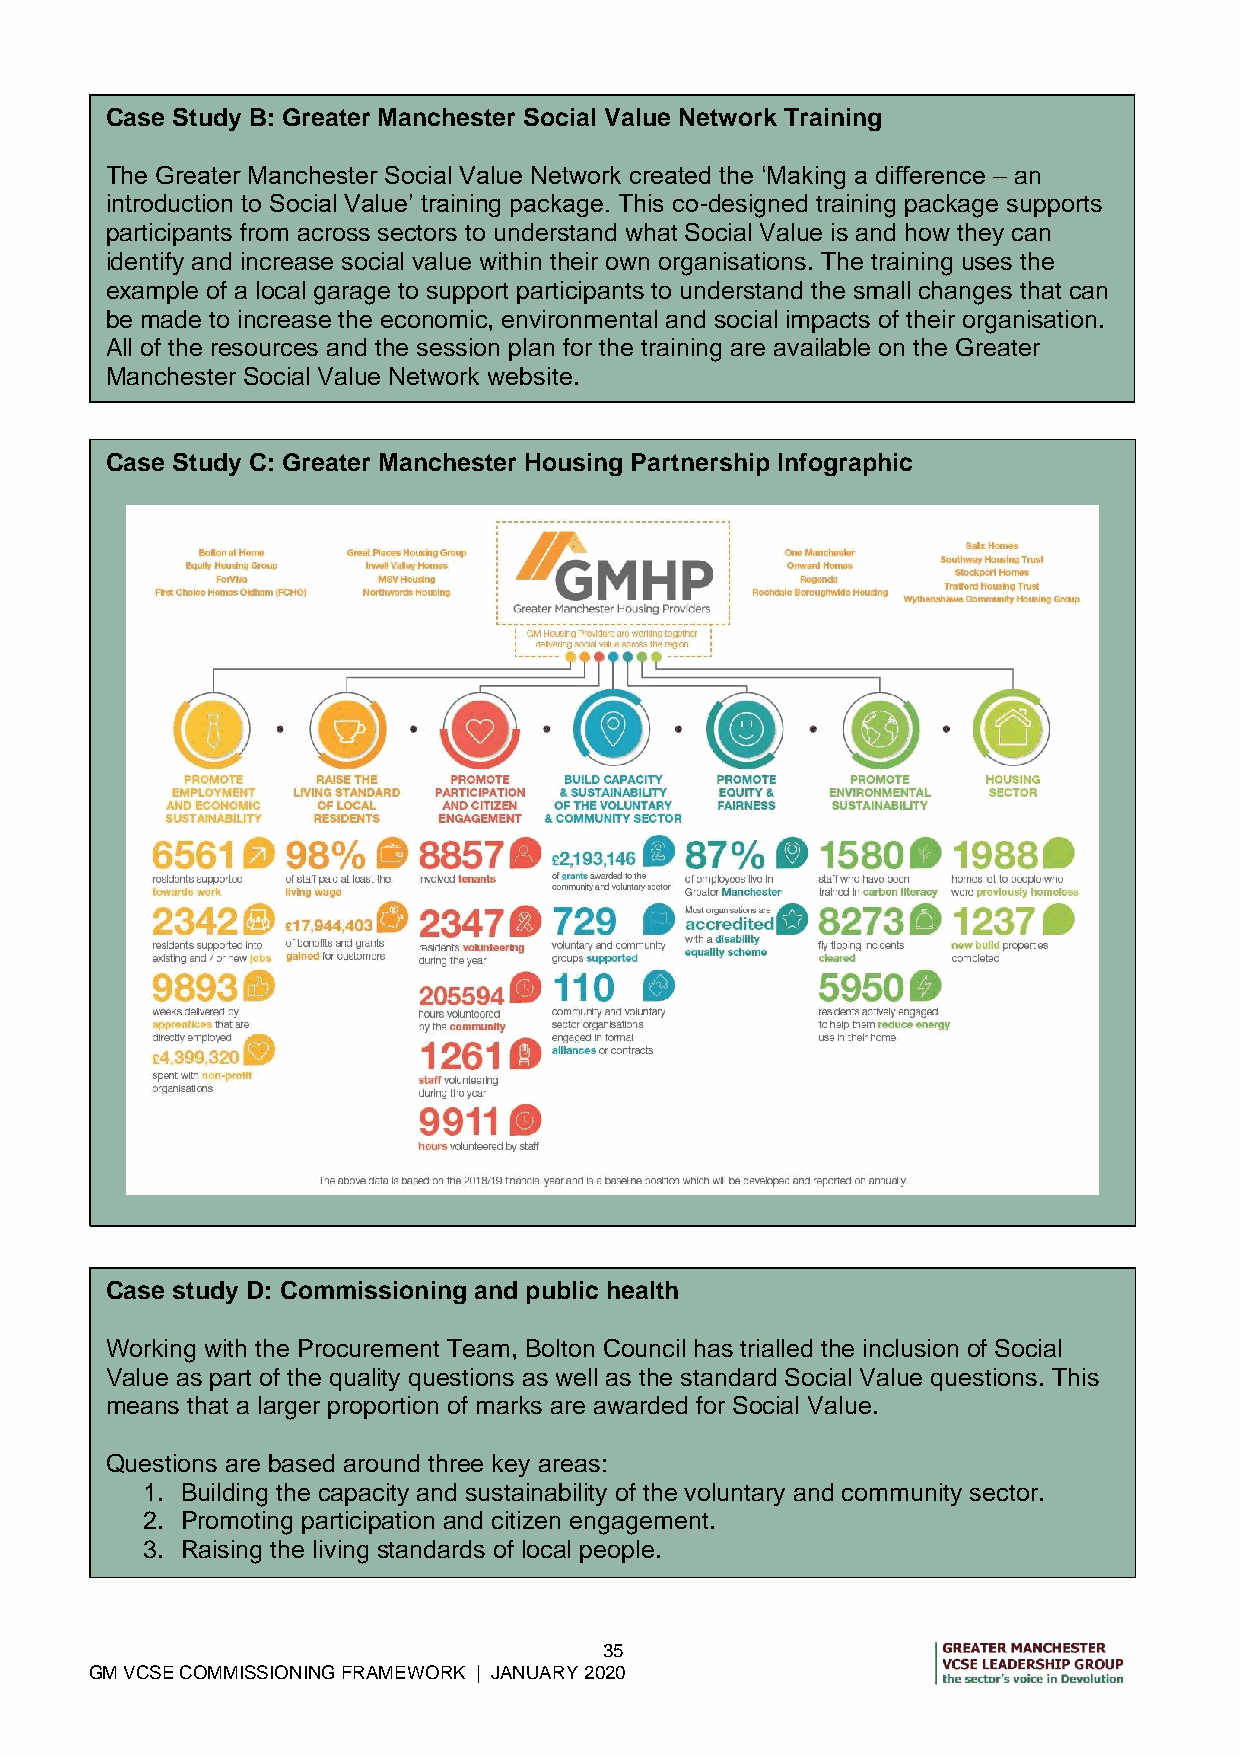
Case Study B: Greater Manchester Social Value Network Training
 The Greater Manchester Social Value Network created the ‘Making a difference – an
 introduction to Social Value’ training package. This co-designed training package supports
 participants from across sectors to understand what Social Value is and how they can
 identify and increase social value within their own organisations. The training uses the
 example of a local garage to support participants to understand the small changes that can
 be made to increase the economic, environmental and social impacts of their organisation.
 All of the resources and the session plan for the training are available on the Greater
 Manchester Social Value Network website.
 Case Study C: Greater Manchester Housing Partnership Infographic
 Case study D: Commissioning and public health
 Working with the Procurement Team, Bolton Council has trialled the inclusion of Social
 Value as part of the quality questions as well as the standard Social Value questions. This
 means that a larger proportion of marks are awarded for Social Value.
 Questions are based around three key areas:
 1. Building the capacity and sustainability of the voluntary and community sector.
 2. Promoting participation and citizen engagement.
 3. Raising the living standards of local people.
 35
 GM VCSE COMMISSIONING FRAMEWORK | JANUARY 2020